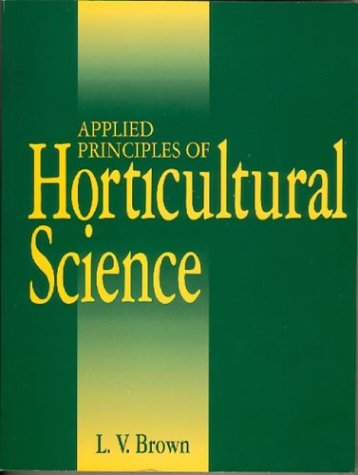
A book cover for Applied Principles of Horticultural Science; Laurie Brown; Crafts, Hobbies & Home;